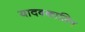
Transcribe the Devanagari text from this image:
यादवकालिन